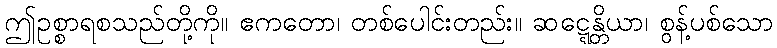
ဤဥစ္စာရစသည်တို့ကို။ ဧကတော၊ တစ်ပေါင်းတည်း။ ဆဋ္ဋေန္တိယာ၊ စွန့်ပစ်သော